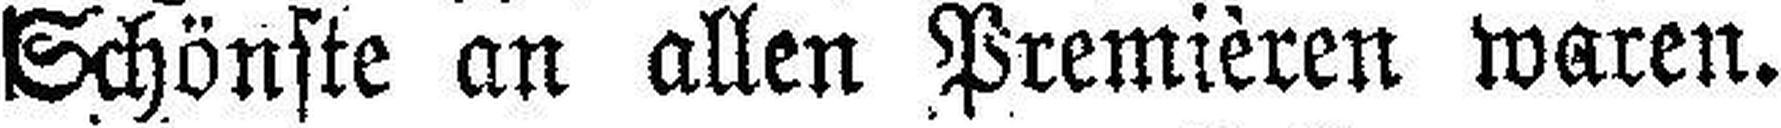
Schönste an allen Premieren waren.